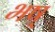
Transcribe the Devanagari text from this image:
भष्